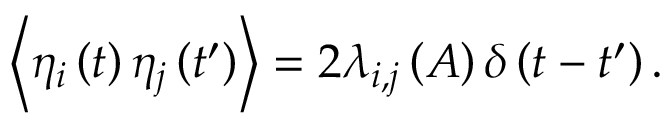
\left\langle { \eta _ { i } \left( t \right) \eta _ { j } \left( t ^ { \prime } \right) } \right\rangle = 2 \lambda _ { i , j } \left( A \right) \delta \left( t - t ^ { \prime } \right) .